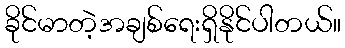
ခိုင်မာတဲ့အချစ်ရေးရှိနိုင်ပါတယ်။